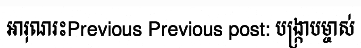
អារុណរះPrevious Previous post: បង្ក្រាបម្ចាស់